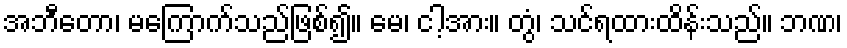
အဘီတော၊ မကြောက်သည်ဖြစ်၍။ မေ၊ ငါ့အား။ တွံ၊ သင်ရထားထိန်းသည်။ ဘဏ၊